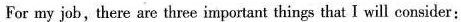
For my job, there are three important things that I will consider: